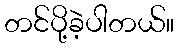
တင်ပို့ခဲ့ပါတယ်။